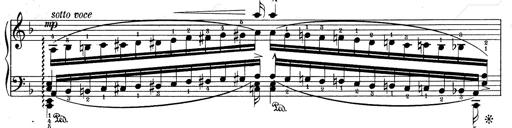
Title: RÃ©miniscences de Don Juan
Composer: Franz Liszt